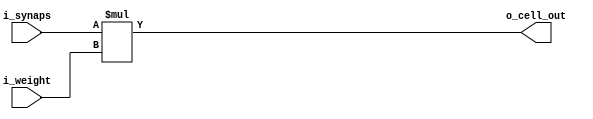

module synaps_weight #(
parameter  p_input_width = 9,
parameter  p_weight_width = 9
)
 
(
input   [p_input_width -1:0]                    i_synaps,
input   [p_weight_width -1:0]                   i_weight,
output  [p_weight_width + p_input_width -1 :0]  o_cell_out
);

assign o_cell_out = i_synaps*i_weight;

endmodule